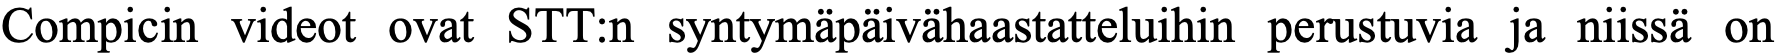
Compicin videot ovat STT:n syntymäpäivähaastatteluihin perustuvia ja niissä on